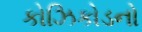
કોઝિકોડનો